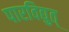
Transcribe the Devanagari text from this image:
पारविद्युत्